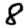
Digit: 8